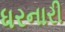
ધરનારી